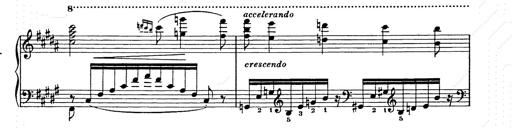
Title: Ballade No.2
Composer: Jan Skrzydlewski
Key: B minor